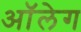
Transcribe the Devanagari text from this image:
आॅलेग